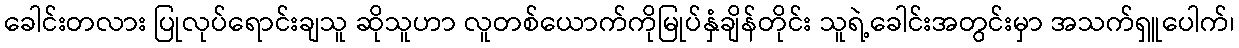
ခေါင်းတလား ပြုလုပ်ရောင်းချသူ ဆိုသူဟာ လူတစ်ယောက်ကိုမြုပ်နှံချိန်တိုင်း သူရဲ့ခေါင်းအတွင်းမှာ အသက်ရှူပေါက်၊